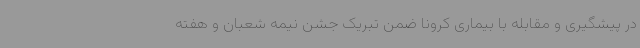
در پیشگیری و مقابله با بیماری کرونا ضمن تبریک جشن نیمه شعبان و هفته